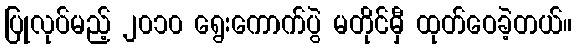
ပြုလုပ်မည့် ၂၀၁၀ ရွေးကောက်ပွဲ မတိုင်မှီ ထုတ်ဝေခဲ့တယ်။